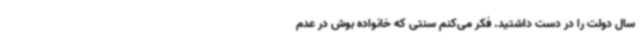
سال دولت را در دست داشتید. فکر می‌کنم سنتی که خانواده بوش در عدم